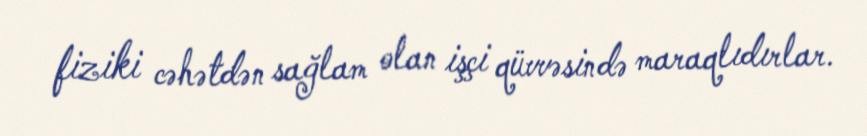
fiziki cəhətdən sağlam olan işçi qüvvəsində maraqlıdırlar.